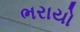
ભરાયો